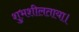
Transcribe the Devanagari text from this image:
शुभशीलताया।